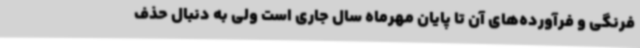
فرنگی و فرآورده‌های آن تا پایان مهرماه سال جاری است ولی به دنبال حذف